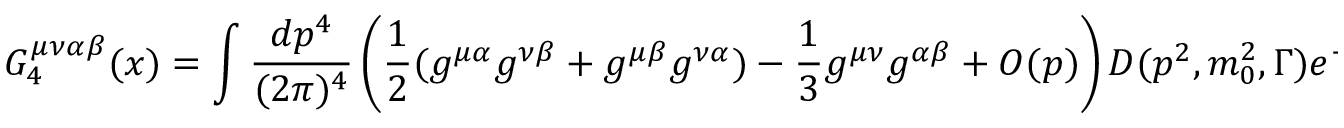
G _ { 4 } ^ { \mu \nu \alpha \beta } ( x ) = \int { \frac { d p ^ { 4 } } { ( 2 \pi ) ^ { 4 } } } \left( { \frac { 1 } { 2 } } ( g ^ { \mu \alpha } g ^ { \nu \beta } + g ^ { \mu \beta } g ^ { \nu \alpha } ) - { \frac { 1 } { 3 } } g ^ { \mu \nu } g ^ { \alpha \beta } + { \cal O } ( p ) \right) D ( p ^ { 2 } , m _ { 0 } ^ { 2 } , \Gamma ) e ^ { - i p ( x ) } ,